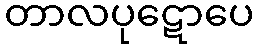
တာလပုဋောပေ